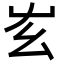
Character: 𡴁